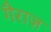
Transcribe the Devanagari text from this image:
गैराज़